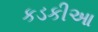
કડકીઆ